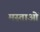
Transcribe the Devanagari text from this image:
मस्ताओं